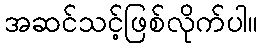
အဆင်သင့်ဖြစ်လိုက်ပါ။